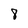
Character: 8